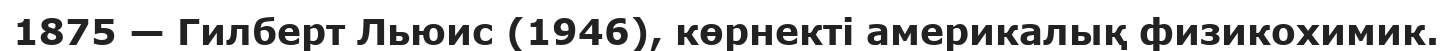
1875 — Гилберт Льюис (1946), көрнекті америкалық физикохимик.